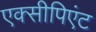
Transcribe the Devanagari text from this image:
एक्सीपिएंट